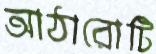
আঠারোটি